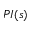
P I ( s )